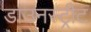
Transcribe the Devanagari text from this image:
डाउनस्ट्रीट